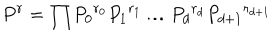
P ^ { r } = { \prod } { P _ { 0 } } ^ { r _ { 0 } } { P _ { 1 } } ^ { r _ { 1 } } \ldots { P _ { d } } ^ { r _ { d } } { P _ { d + 1 } } ^ { r _ { d + 1 } }